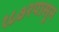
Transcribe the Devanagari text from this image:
१८७२पासून